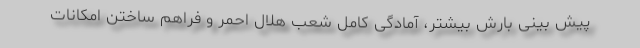
پیش بینی بارش بیشتر، آمادگی کامل شعب هلال احمر و فراهم ساختن امکانات